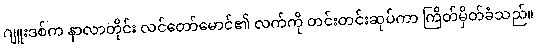
ဂျူးဒစ်က နာလာတိုင်း လင်တော်မောင်၏ လက်ကို တင်းတင်းဆုပ်ကာ ကြိတ်မှိတ်ခံသည်။